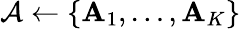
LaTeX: {\cal A}\gets\{ {\mathbf A}_{1},\ldots,{\mathbf A}_{K}\}